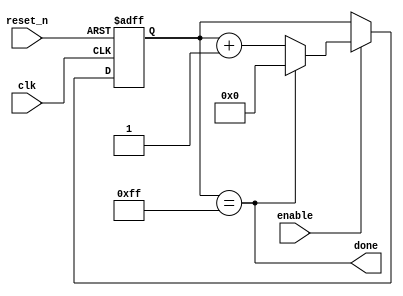
`timescale 1ns / 1ps
//////////////////////////////////////////////////////////////////////////////////
// Company: 
// Engineer: 
// 
// Design Name: 
// Module Name: timer_parameter
// Project Name: 
// Target Devices: 
// Tool Versions: 
// Description: 
// 
// Dependencies: 
// 
// Revision:
// Revision 0.01 - File Created
// Additional Comments:
// 
//////////////////////////////////////////////////////////////////////////////////


module timer_parameter
    #(parameter FINAL_VALUE = 255)(
    input clk,
    input reset_n,
    input enable,
    //    output [BITS - 1:0] Q, // we don't care about the value of the counter
    output done
    );
    
    localparam BITS = $clog2(FINAL_VALUE);
    
    reg [BITS - 1:0] Q_reg, Q_next;
    
    always @(posedge clk, negedge reset_n)
    begin
        if (~reset_n)
            Q_reg <= 'b0;
        else if(enable)
            Q_reg <= Q_next;
        else
            Q_reg <= Q_reg;
    end
    
    // Next state logic
    assign done = Q_reg == FINAL_VALUE;

    always @(*)
        Q_next = done? 'b0: Q_reg + 1;
    
    
endmodule